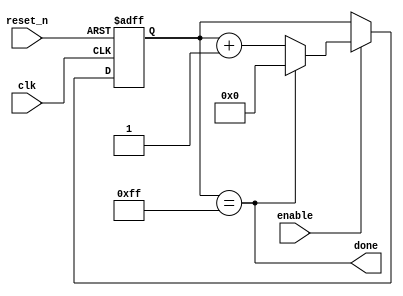
`timescale 1ns / 1ps
//////////////////////////////////////////////////////////////////////////////////
// Company: 
// Engineer: 
// 
// Design Name: 
// Module Name: timer_parameter
// Project Name: 
// Target Devices: 
// Tool Versions: 
// Description: 
// 
// Dependencies: 
// 
// Revision:
// Revision 0.01 - File Created
// Additional Comments:
// 
//////////////////////////////////////////////////////////////////////////////////


module timer_parameter
    #(parameter FINAL_VALUE = 255)(
    input clk,
    input reset_n,
    input enable,
    //    output [BITS - 1:0] Q, // we don't care about the value of the counter
    output done
    );
    
    localparam BITS = $clog2(FINAL_VALUE);
    
    reg [BITS - 1:0] Q_reg, Q_next;
    
    always @(posedge clk, negedge reset_n)
    begin
        if (~reset_n)
            Q_reg <= 'b0;
        else if(enable)
            Q_reg <= Q_next;
        else
            Q_reg <= Q_reg;
    end
    
    // Next state logic
    assign done = Q_reg == FINAL_VALUE;

    always @(*)
        Q_next = done? 'b0: Q_reg + 1;
    
    
endmodule